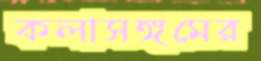
কলাসঙ্গমের